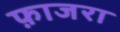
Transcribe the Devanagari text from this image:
फ़ाजरा